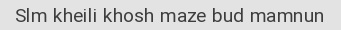
Slm kheili khosh maze bud mamnun